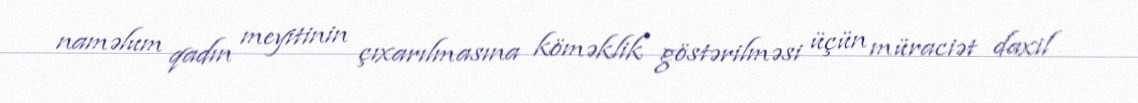
naməlum qadın meyitinin çıxarılmasına köməklik göstərilməsi üçün müraciət daxil